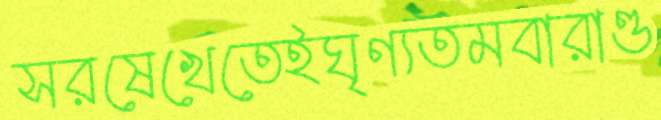
সরষেখেতেইঘৃণ্যতমবারাণ্ড